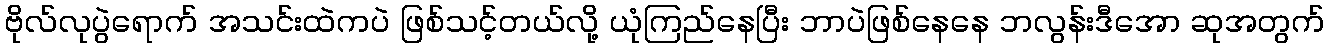
ဗိုလ်လုပွဲရောက် အသင်းထဲကပဲ ဖြစ်သင့်တယ်လို့ ယုံကြည်နေပြီး ဘာပဲဖြစ်နေနေ ဘလွန်းဒီအော ဆုအတွက်